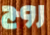
روج